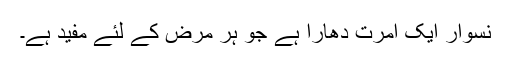
نسوار ایک امرت دھارا ہے جو ہر مرض کے لئے مفید ہے۔